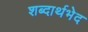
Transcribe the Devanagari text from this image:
शब्दार्थभेद